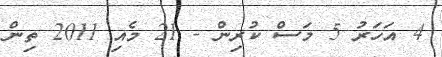
4 އަހަރު 5 މަސް ކުރިން - 21 މެއި 2011 ތިން